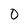
Character: O